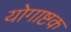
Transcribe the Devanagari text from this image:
योगाष्टक